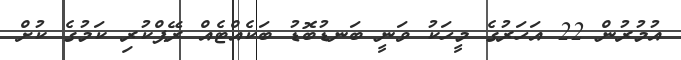
އުމުރުން 22 އަހަރުގެ މީހަކު ވަނީ ބަނޑުބޮޑު ބަކެއްޓެއް ރޭޕްކުރި ކަމުގެ ކުށް